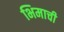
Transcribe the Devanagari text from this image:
भिमाची